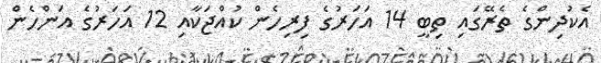
އެކުދިންގެ ތެރޭގައި ތިބީ 14 އަހަރުގެ ފިރިހެން ކުއްޖަކާއި 12 އަހަރުގެ އަންހެން